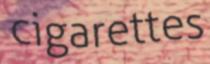
cigarettes